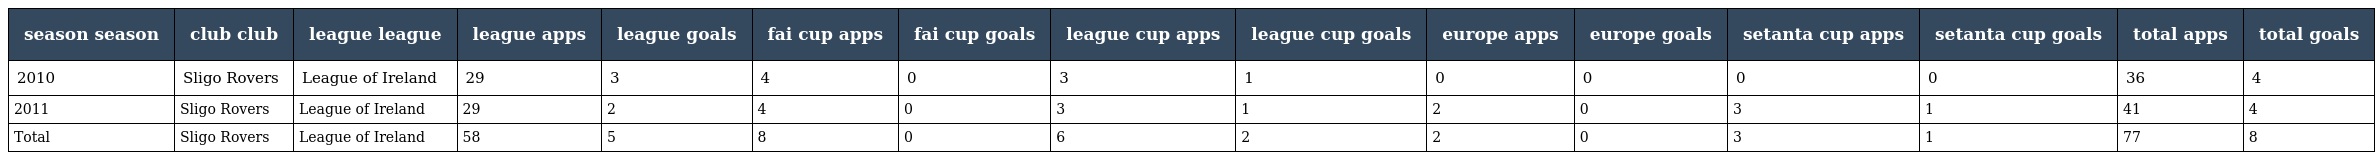
| season season | club club | league league | league apps | league goals | fai cup apps | fai cup goals | league cup apps | league cup goals | europe apps | europe goals | setanta cup apps | setanta cup goals | total apps | total goals |
 | --- | --- | --- | --- | --- | --- | --- | --- | --- | --- | --- | --- | --- | --- | --- |
 | 2010 | Sligo Rovers | League of Ireland | 29 | 3 | 4 | 0 | 3 | 1 | 0 | 0 | 0 | 0 | 36 | 4 |
 | 2011 | Sligo Rovers | League of Ireland | 29 | 2 | 4 | 0 | 3 | 1 | 2 | 0 | 3 | 1 | 41 | 4 |
 | Total | Sligo Rovers | League of Ireland | 58 | 5 | 8 | 0 | 6 | 2 | 2 | 0 | 3 | 1 | 77 | 8 |